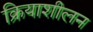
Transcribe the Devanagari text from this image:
क्रियाशीलन